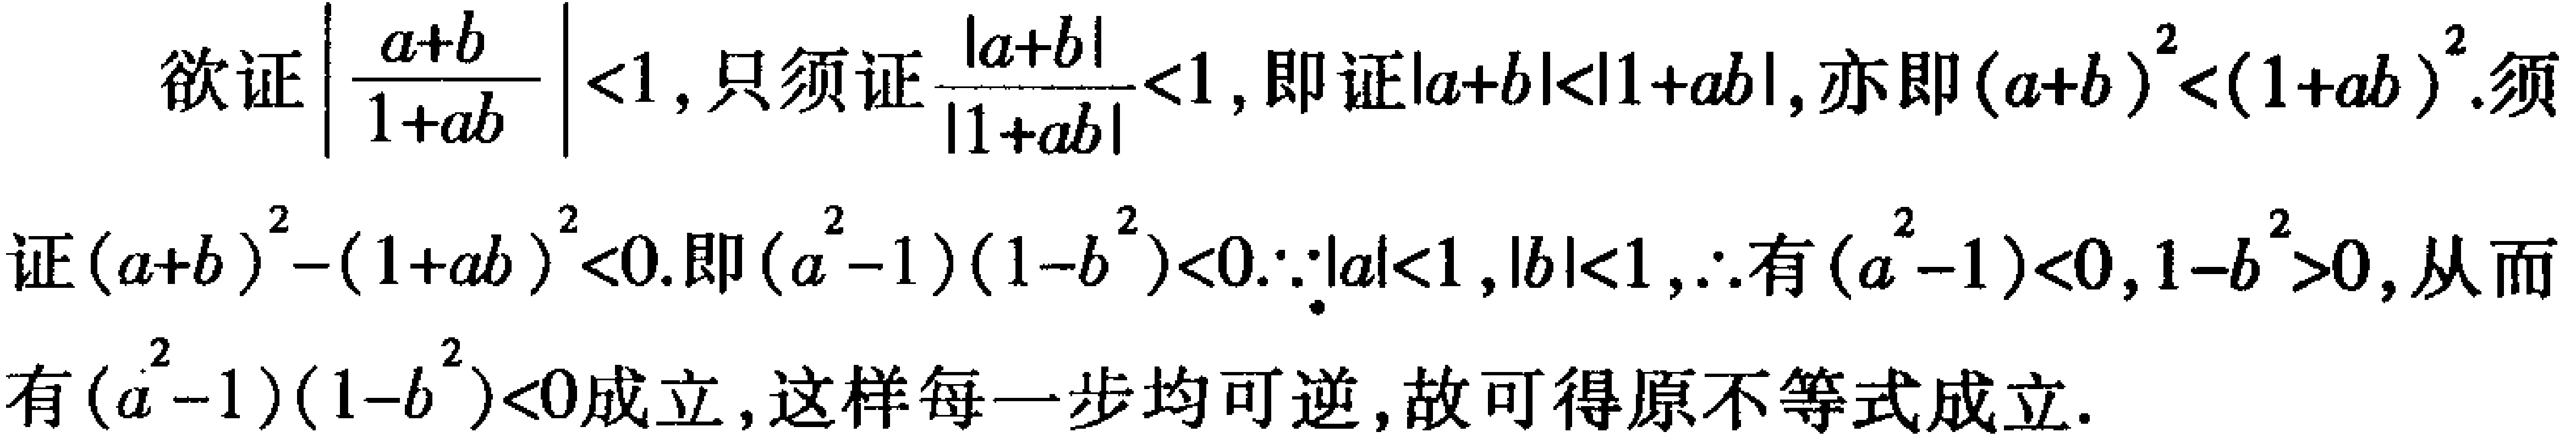
欲证\(\left|\frac{a + b}{1 + ab}\right| < 1\)，只须证\(\frac{|a + b|}{|1 + ab|} < 1\)，即证\(|a + b| < |1 + ab|\)，亦即\((a + b)^2 < (1 + ab)^2\)。须证\((a + b)^2 - (1 + ab)^2 < 0\)，即\((a^2 - 1)(1 - b^2) < 0\)。\(\because|a| < 1\)，\(|b| < 1\)，\(\therefore\)有\((a^2 - 1) < 0\)，\(1 - b^2 > 0\)，从而有\((a^2 - 1)(1 - b^2) < 0\)成立，这样每一步均可逆，故可得原不等式成立。